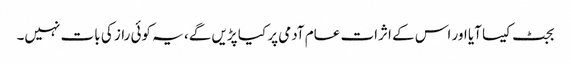
بجٹ کیسا آیا اور اس کے اثرات عام آدمی پر کیا پڑیں گے، یہ کوئی راز کی بات نہیں۔